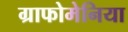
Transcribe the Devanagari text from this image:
ग्राफोमेनिया